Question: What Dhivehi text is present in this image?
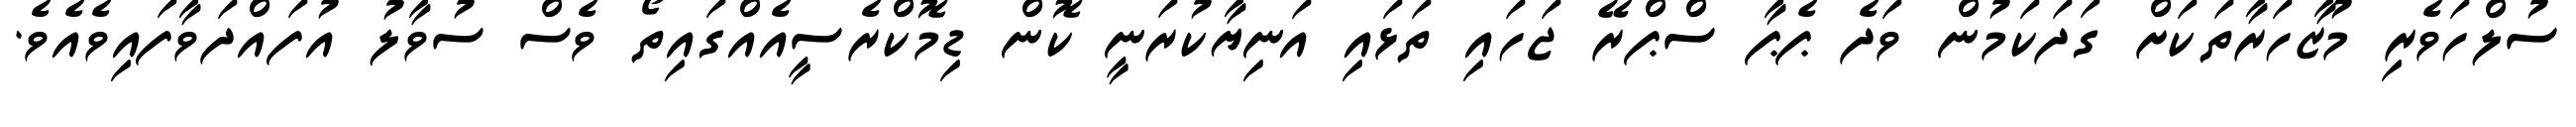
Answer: ސުލްހަވެރި މުޒާހަރާތަކަށް ގަދަކަމުން ވަދެ ޕެޕާ ސްޕްރޭ ޖަހައި ތަޅައި އަނިޔާކުރަނީ ކޮން ޑިމޮކްރެސީއެއްގައިތޯ ވެސް ސުވާލު އުފައްދަވާފައިވެއެވެ.